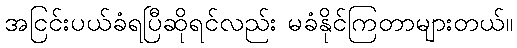
အငြင်းပယ်ခံရပြီဆိုရင်လည်း မခံနိုင်ကြတာများတယ်။